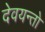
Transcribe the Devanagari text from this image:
देवयन्तो